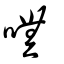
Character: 嘸